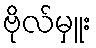
ဗိုလ်မှူး